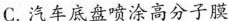
C.汽车底盘喷涂高分子膜